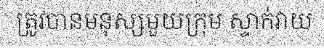
ត្រូវបានមនុស្សមួយក្រុម ស្ទាក់វាយ